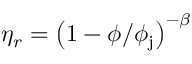
\eta _ { r } = \left( 1 - \phi / \phi _ { \mathrm { j } } \right) ^ { - \beta }